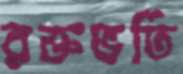
রক্তভর্তি